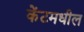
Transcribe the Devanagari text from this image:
केंटमधील